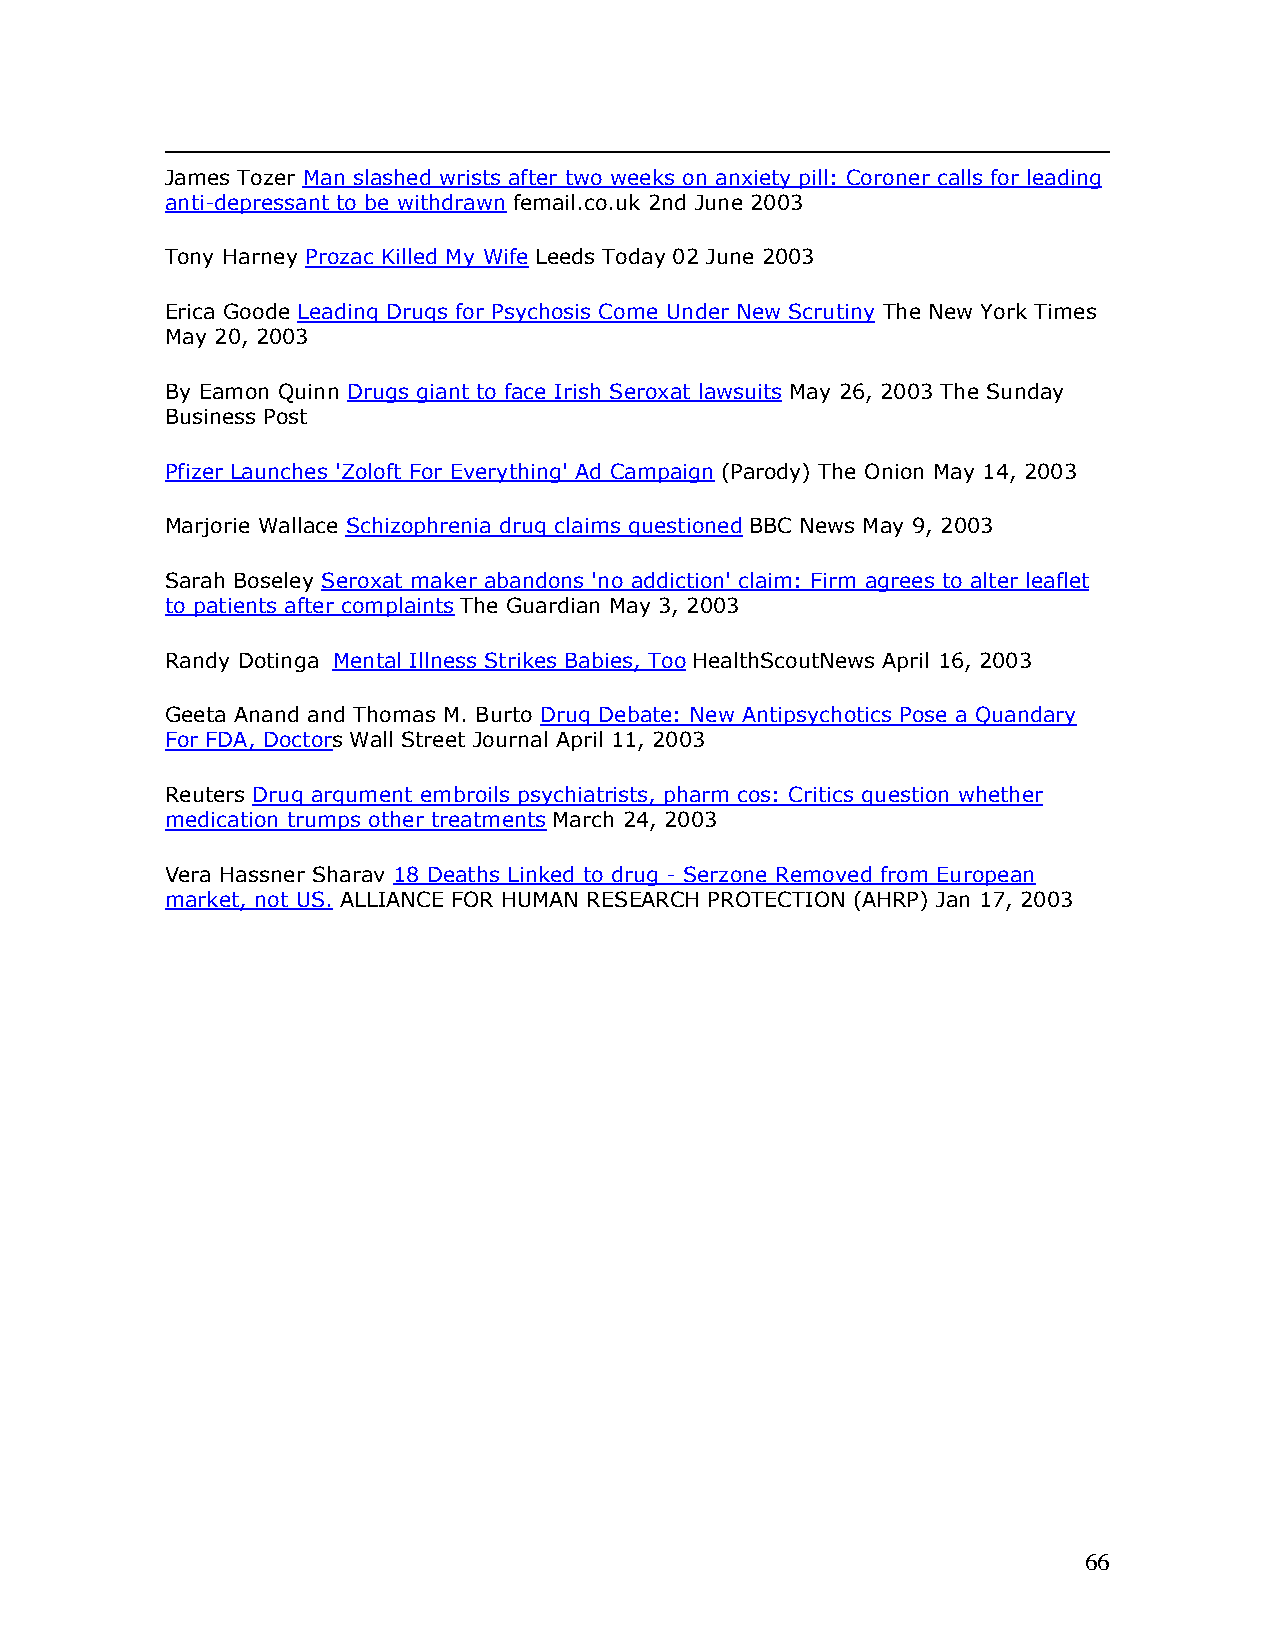
James Tozer Man slashed wrists after two weeks on anxiety pill: Coroner calls for leading
 anti-depressant to be withdrawn femail.co.uk 2nd June 2003
 Tony Harney Prozac Killed My WifeLeeds Today 02 June 2003
 Erica Goode Leading Drugs for Psychosis Come Under New Scrutiny The New York Times
 May 20, 2003
 By Eamon Quinn Drugs giant to face Irish Seroxat lawsuits May 26, 2003 The Sunday
 Business Post
 Pfizer Launches 'Zoloft For Everything' Ad Campaign(Parody) The Onion May 14, 2003
 Marjorie Wallace Schizophrenia drug claims questioned BBC News May 9, 2003
 Sarah Boseley Seroxat maker abandons 'no addiction' claim: Firm agrees to alter leaflet
 to patients after complaintsThe Guardian May 3, 2003
 Randy Dotinga Mental Illness Strikes Babies, TooHealthScoutNews April 16, 2003
 Geeta Anand and Thomas M. Burto Drug Debate: New Antipsychotics Pose a Quandary
 For FDA, DoctorsWall Street Journal April 11, 2003
 Reuters Drug argument embroils psychiatrists, pharm cos: Critics question whether
 medication trumps other treatmentsMarch 24, 2003
 Vera Hassner Sharav 18 Deaths Linked to drug - Serzone Removed from European
 market, not US. ALLIANCE FOR HUMAN RESEARCH PROTECTION (AHRP) Jan 17, 2003
 66